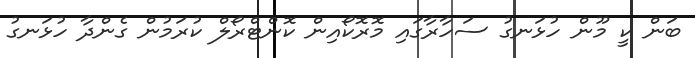
ބަން ކީ މޫން ހުޅަނގު ސަހާރާގައި މޮރޮކޯއިން ކޮންޓްރޯލް ކުރަމުން ގެންދާ ހުޅަނގު